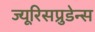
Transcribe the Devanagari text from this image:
ज्यूरिसप्रुडेन्स